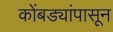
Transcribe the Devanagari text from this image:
कोंबड्यांपासून